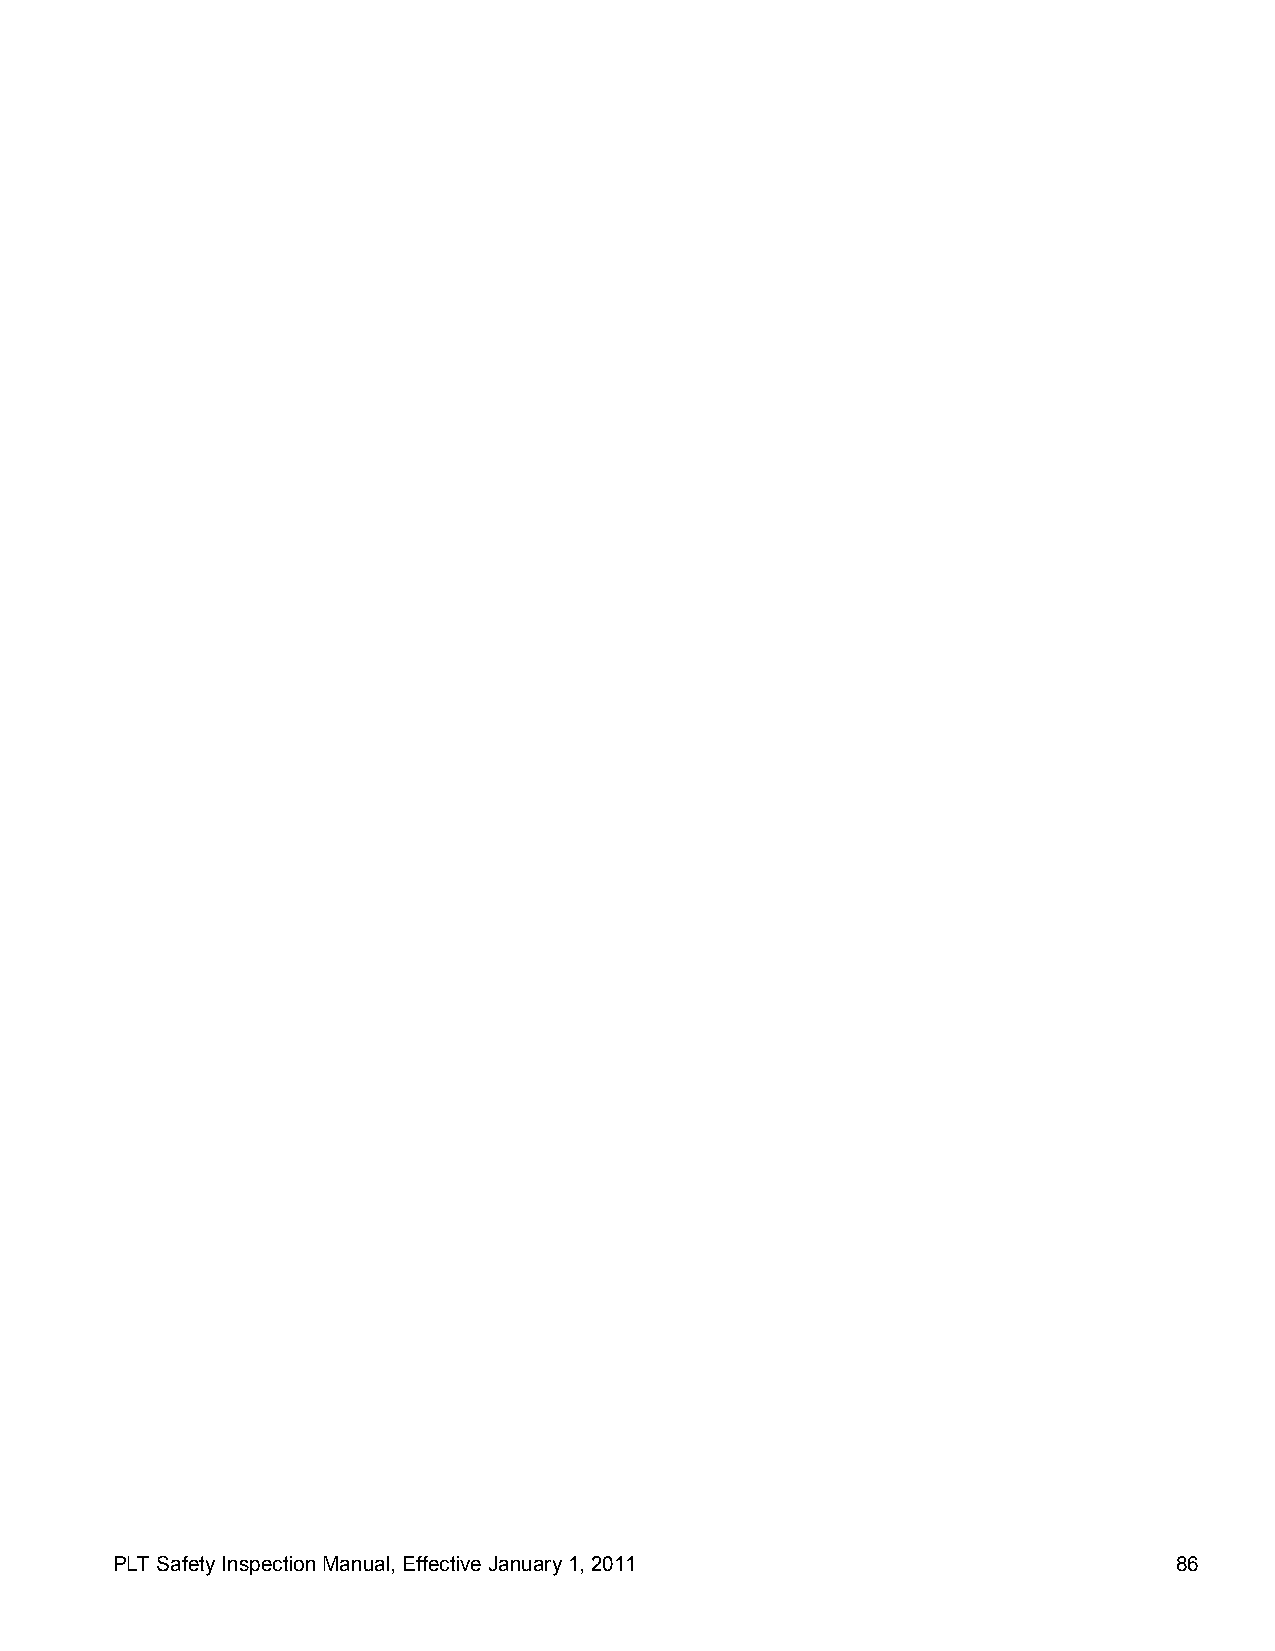
PLT Safety Inspection Manual, Effective January 1, 2011                86